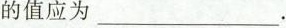
的值应为___.